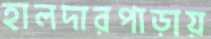
হালদারপাড়ায়